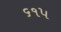
૬૧૫